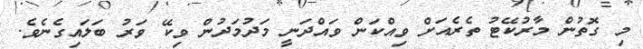
މި ގޮތުން މާރުކޭޓު ތެރެއަށް ވިއްކަން ވައްދަނީ މަދުމަދުން ވިކޭ ވަރު ބަލައިގެނެވެ.